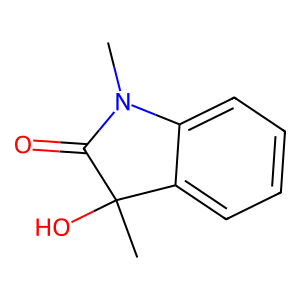
SMILES: CN1C(=O)C(C)(O)c2ccccc21
Inhibits HIV replication: No